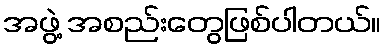
အဖွဲ့ အစည်းတွေဖြစ်ပါတယ်။